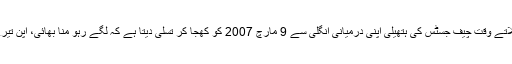
کبھی ہاتھ ملاتے وقت چیف جسٹس کی ہتھیلی اپنی درمیانی انگلی سے 9 مارچ 2007 کو کھجا کر تسلی دیتا ہے کہ لگے رہو منا بھائی، اپن تیرے ساتھ ہے۔